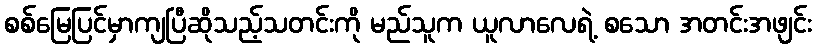
စစ်မြေပြင်မှာကျပြီဆိုသည့်သတင်းကို မည်သူက ယူလာလေရဲ့ စသော အတင်းအဖျင်း